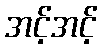
အင့်အင့်